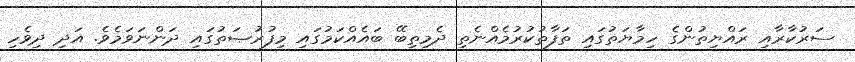
ސަރުކާރާއި ރައްޔިތުންގެ ހިމާޔަތުގައި ތަފާތުކުރުމެއްނެތި ދެމިތިބޭ ބައެއްކަމުގައި މިފުރުޞަތުގައި ދަންނަވަމެވެ. އަދި ދިވެހި